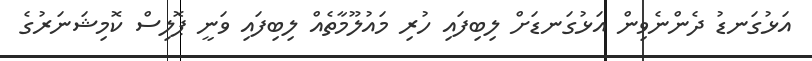
އަޅުގަނޑު ދެންނެވިން އަޅުގަނޑަށް ލިބިފައި ހުރި މައުލޫމާތެއް ލިބިފައި ވަނީ ޕޮލިސް ކޮމިޝަނަރުގެ